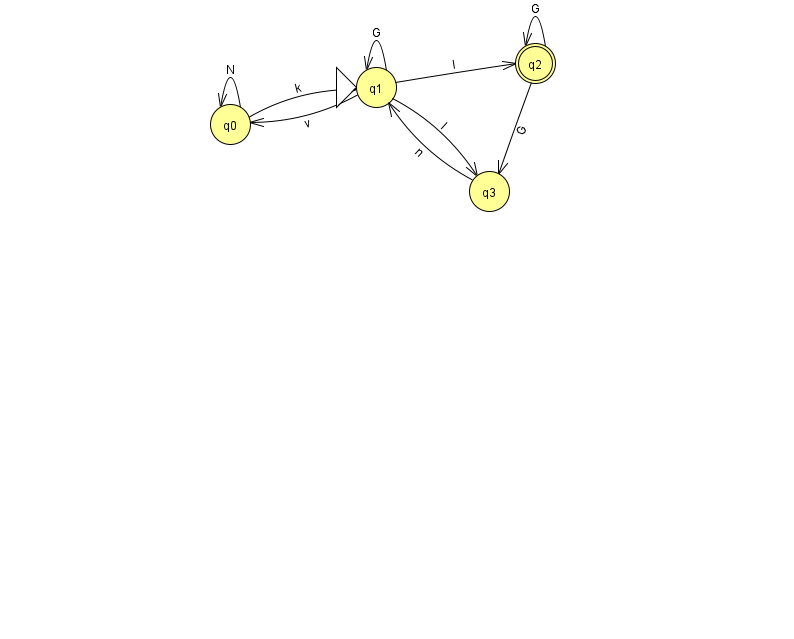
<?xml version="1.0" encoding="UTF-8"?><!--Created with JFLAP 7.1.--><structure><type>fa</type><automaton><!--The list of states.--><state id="0" name="q0"><x>230.0</x><y>111.0</y></state><state id="1" name="q1"><x>376.0</x><y>74.0</y><initial/></state><state id="2" name="q2"><x>535.0</x><y>50.0</y><final/></state><state id="3" name="q3"><x>489.0</x><y>178.0</y></state><!--The list of transitions.--><transition><from>0</from><to>1</to><read>k</read></transition><transition><from>2</from><to>3</to><read>G</read></transition><transition><from>1</from><to>1</to><read>G</read></transition><transition><from>2</from><to>2</to><read>G</read></transition><transition><from>1</from><to>3</to><read>I</read></transition><transition><from>1</from><to>0</to><read>v</read></transition><transition><from>3</from><to>1</to><read>n</read></transition><transition><from>0</from><to>0</to><read>N</read></transition><transition><from>1</from><to>2</to><read>I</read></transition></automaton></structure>